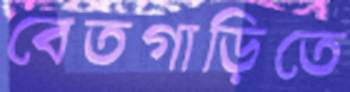
বেতগাড়িতে